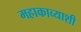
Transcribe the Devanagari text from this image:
महाकाव्याशी